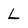
Character: L